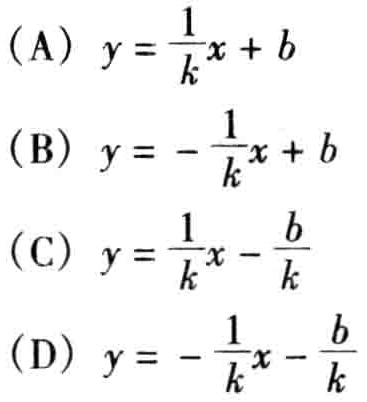
(A) \(y = \frac{1}{k}x + b\)
(B) \(y = - \frac{1}{k}x + b\)
(C) \(y = \frac{1}{k}x - \frac{b}{k}\)
(D) \(y = - \frac{1}{k}x - \frac{b}{k}\)